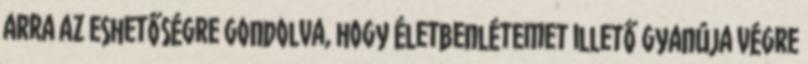
arra az eshetőségre gondolva, hogy életbenlétemet illető gyanúja végre